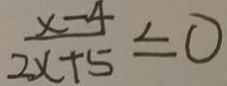
\frac { x - 4 } { 2 x + 5 } \leq 0